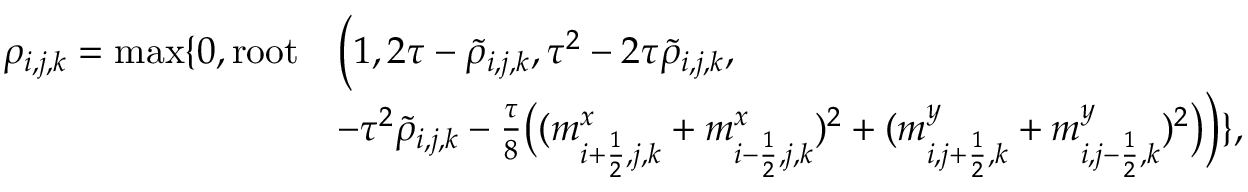
\begin{array} { r l } { \rho _ { i , j , k } = \operatorname* { m a x } \{ 0 , \mathrm { r o o t } } & { \Big ( 1 , 2 \tau - \tilde { \rho } _ { i , j , k } , \tau ^ { 2 } - 2 \tau \tilde { \rho } _ { i , j , k } , } \\ & { - \tau ^ { 2 } \tilde { \rho } _ { i , j , k } - \frac { \tau } { 8 } \big ( ( m _ { i + \frac { 1 } { 2 } , j , k } ^ { x } + m _ { i - \frac { 1 } { 2 } , j , k } ^ { x } ) ^ { 2 } + ( m _ { i , j + \frac { 1 } { 2 } , k } ^ { y } + m _ { i , j - \frac { 1 } { 2 } , k } ^ { y } ) ^ { 2 } \big ) \Big ) \} , } \end{array}